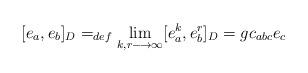
LaTeX: \begin{align*}[e_{a}, e_{b}]_{D} =_{def} \lim_{k, r \longrightarrow \infty} [e_{a}^{k}, e_{b}^{r}]_{D} = g c_{abc} e_{c}\end{align*}